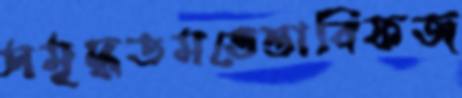
সমৃদ্ধতমভেস্তাবিফজ